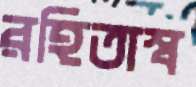
রহিতাস্ব